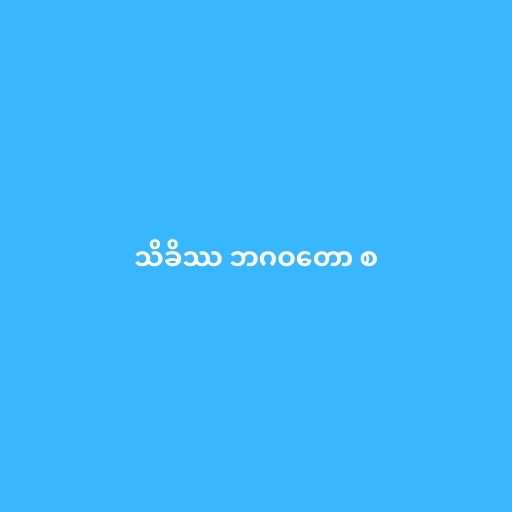
သိခိဿ ဘဂဝတော စ